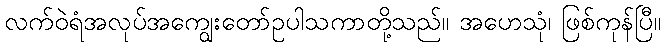
လက်ဝဲရံအလုပ်အကျွေးတော်ဥပါသကာတို့သည်။ အဟေသုံ၊ ဖြစ်ကုန်ပြီ။